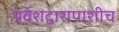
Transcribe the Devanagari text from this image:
प्रवेशद्वारापाशीच